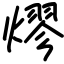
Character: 熮